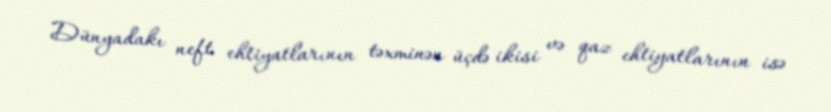
Dünyadakı neft ehtiyatlarının təxminən üçdə ikisi və qaz ehtiyatlarının isə